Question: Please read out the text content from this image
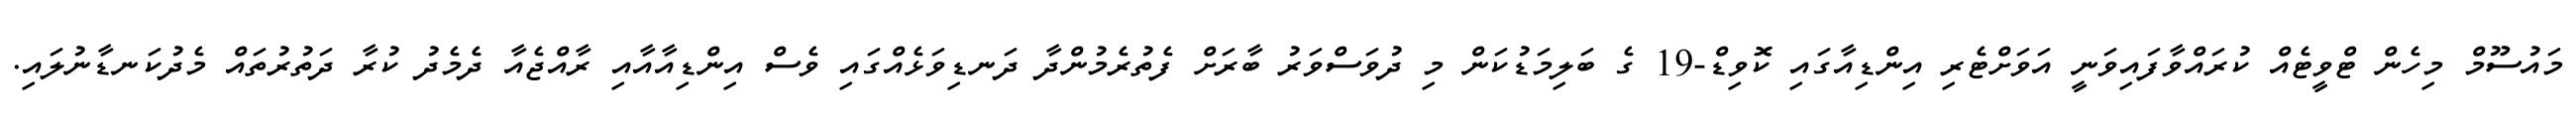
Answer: މައުސޫމް މިހެން ޓްވީޓެއް ކުރައްވާފައިވަނީ އަވަށްޓެރި އިންޑިއާގައި ކޮވިޑް-19 ގެ ބަލިމަޑުކަން މި ދުވަސްވަރު ބާރަށް ފެތުރެމުންދާ ދަނޑިވަޅެއްގައި ވެސް އިންޑިއާއާއި ރާއްޖެއާ ދެމެދު ކުރާ ދަތުރުތައް މެދުކަނޑާނުލައި.